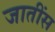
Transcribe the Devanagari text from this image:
जातींस